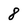
Character: 8